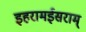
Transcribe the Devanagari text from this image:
इहरामईसराम्